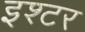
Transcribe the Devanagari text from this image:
इश्टर